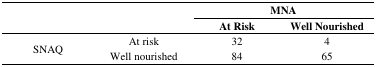
<table><thead><tr><td rowspan="2"></td><td rowspan="2"></td><td colspan="2"><b>MNA</b></td></tr><tr><td><b>At Risk</b></td><td><b>Well Nourished</b></td></tr></thead><tbody><tr><td rowspan="2">SNAQ</td><td>At risk</td><td>32</td><td>4</td></tr><tr><td>Well nourished</td><td>84</td><td>65</td></tr></tbody></table>